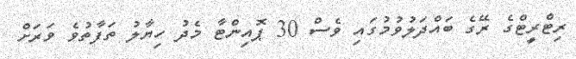
ރިޓްރީޓްގެ ރޭގެ ބައްދަލުވުމުގައި ވެސް 30 ޕޮއިންޓާ މެދު ހިޔާލު ތަފާތުވެ ވަރަށް